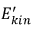
E _ { k i n } ^ { \prime }